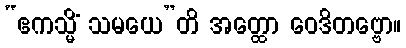
“ဧကသ္မိံ သမယေ”တိ အတ္ထော ဝေဒိတဗ္ဗော။